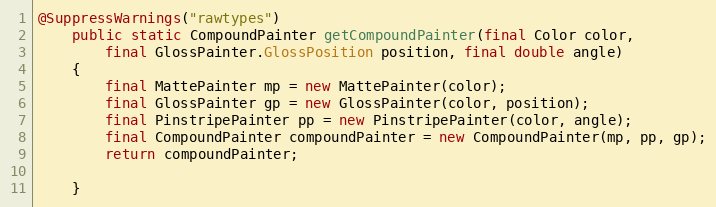
Language: Java
@SuppressWarnings("rawtypes")
	public static CompoundPainter getCompoundPainter(final Color color,
		final GlossPainter.GlossPosition position, final double angle)
	{
		final MattePainter mp = new MattePainter(color);
		final GlossPainter gp = new GlossPainter(color, position);
		final PinstripePainter pp = new PinstripePainter(color, angle);
		final CompoundPainter compoundPainter = new CompoundPainter(mp, pp, gp);
		return compoundPainter;

	}